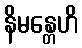
နိမန္တေဟိ